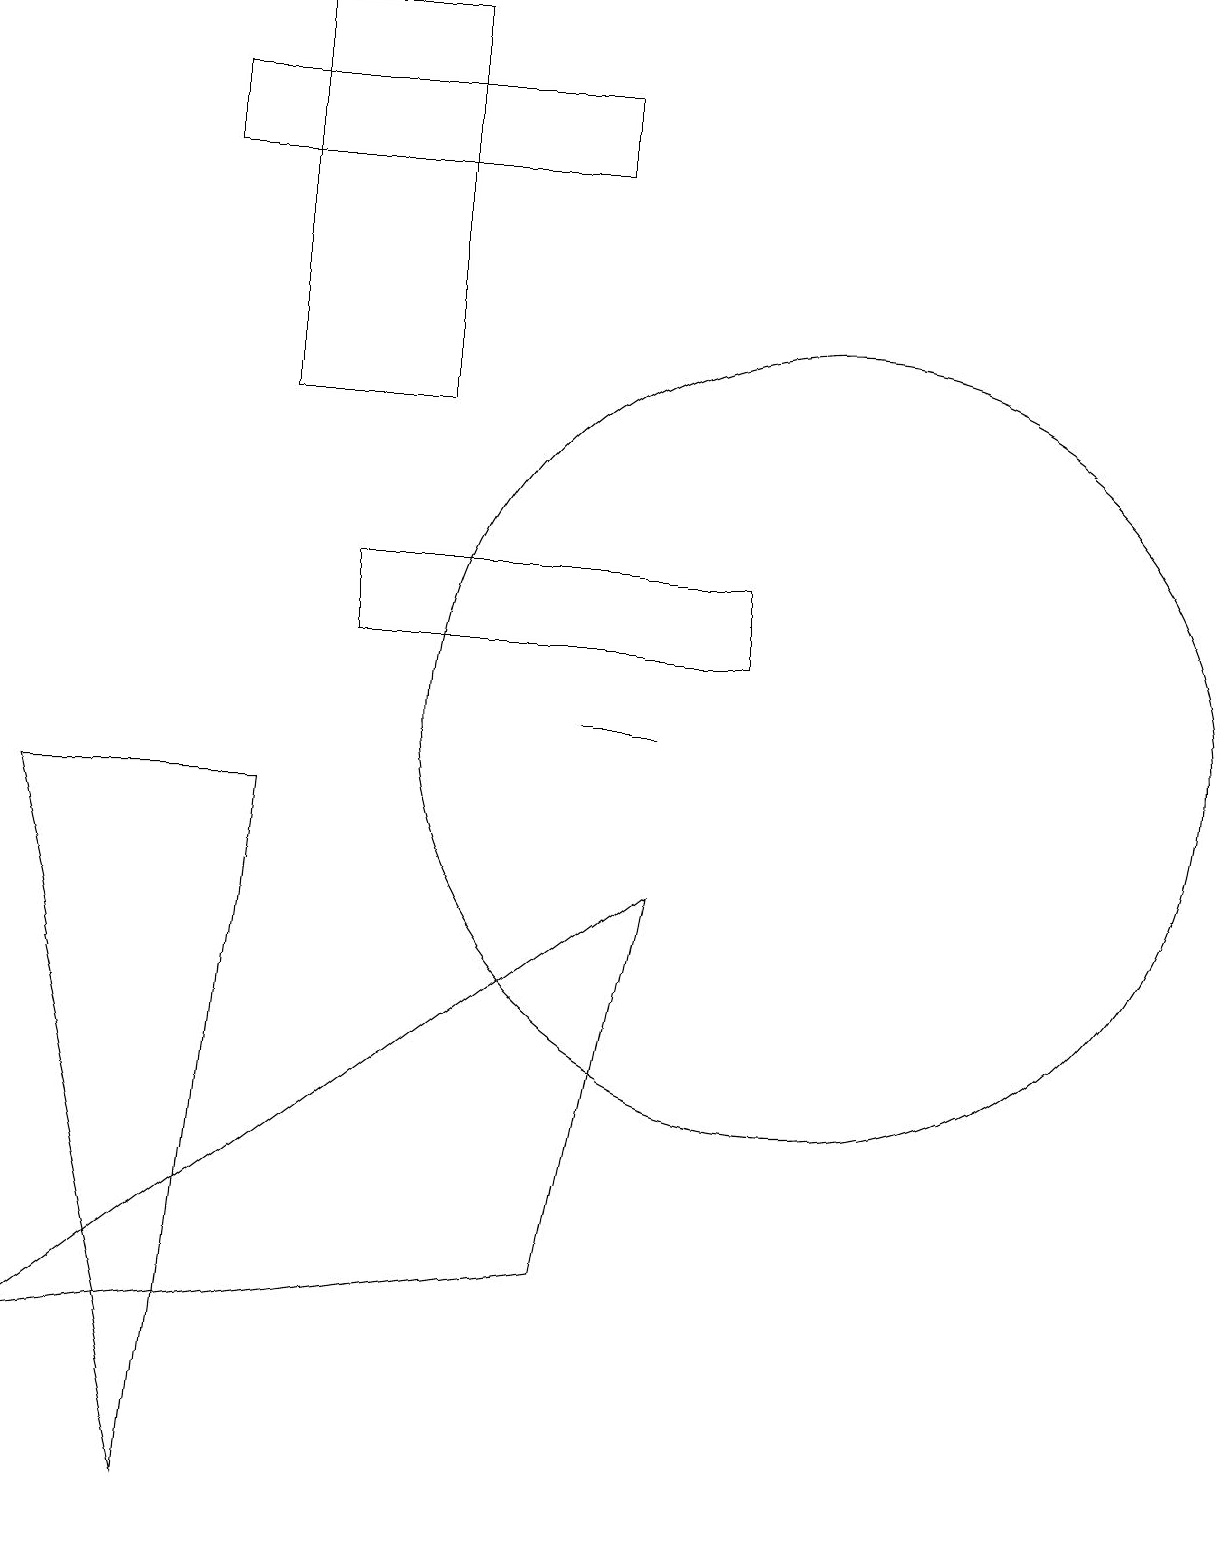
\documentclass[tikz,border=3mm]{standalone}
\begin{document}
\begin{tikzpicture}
\draw (8,10) rectangle (7,10);
\draw (3,14) rectangle (5,19);
\draw (8,8) -- (0,2) -- (7,3) -- cycle;
\draw (3,9) -- (2,0) -- (0,9) -- cycle;
\draw (2,18) rectangle (7,17);
\draw (10,10) circle (5);
\draw (9,11) rectangle (4,12);
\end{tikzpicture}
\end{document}